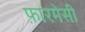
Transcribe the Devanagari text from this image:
फ़ारमेसी